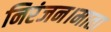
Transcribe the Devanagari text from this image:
निरंजन।माता